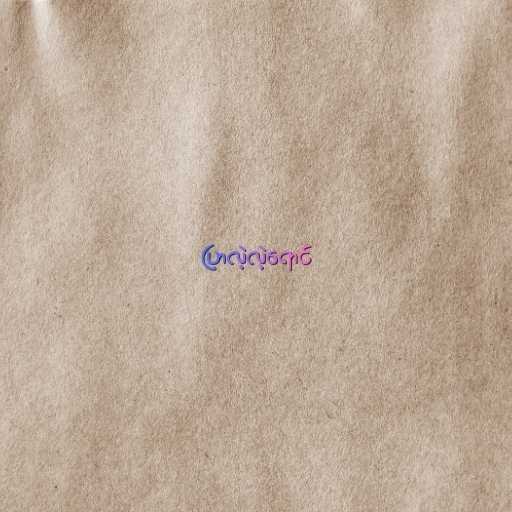
ပြာလဲ့လဲ့ရောင်